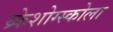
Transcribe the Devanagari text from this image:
य्र्केशोग्स्कोला